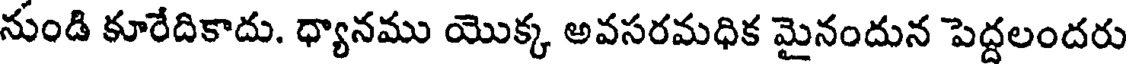
నుండి కూరేదికాదు. ధ్యానము యొక్క అవసరమధిక మైనందున పెద్దలందరు